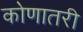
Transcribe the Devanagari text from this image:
कोणातरी